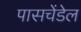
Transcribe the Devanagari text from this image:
पासचेंडेल